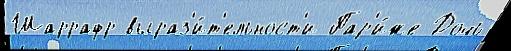
Шаррафр выраз'и́т'ельност'и Пар'и́же Дочь